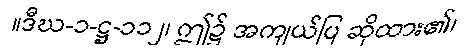
။ဒီဃ-၁-ဋ္ဌ-၁၁၂၊ ဤ၌ အကျယ်ပြ ဆိုထား၏၊